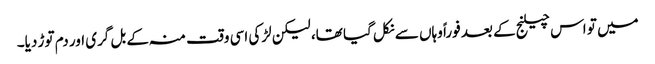
میں تو اس چیلنج کے بعد فوراً وہاں سے نکل گیا تھا، لیکن لڑکی اسی وقت منہ کے بل گری اور دم توڑ دیا۔